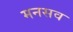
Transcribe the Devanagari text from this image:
मनसव